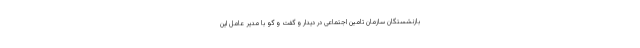
بازنشستگان سازمان تامین اجتماعی در دیدار و گفت و گو با مدیر عامل این